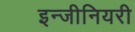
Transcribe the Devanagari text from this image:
इन्जीनियरी